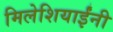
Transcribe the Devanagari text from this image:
मिलेशियाईंनी